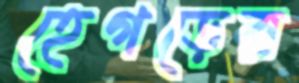
হেগড়ের